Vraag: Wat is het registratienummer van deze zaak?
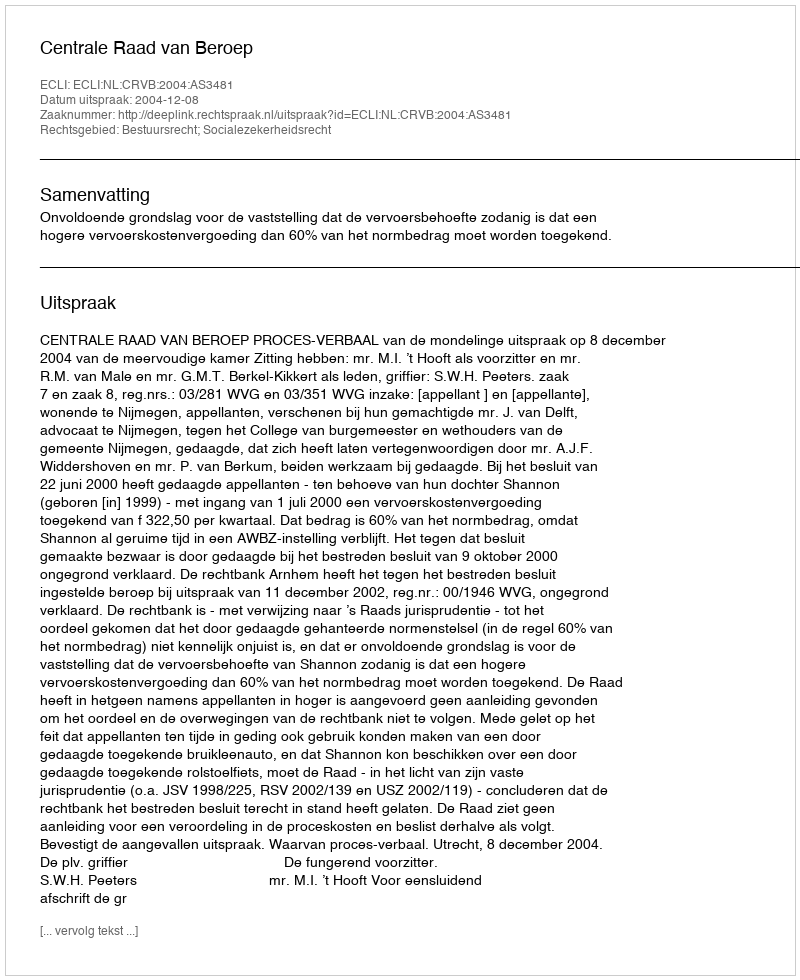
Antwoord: http://deeplink.rechtspraak.nl/uitspraak?id=ECLI:NL:CRVB:2004:AS3481